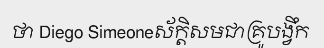
ថា Diego Simeoneស័ក្តិសមជាគ្រូបង្វឹក